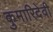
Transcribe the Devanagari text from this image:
कुमारिदेवी